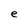
Character: e